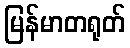
မြန်မာတရုတ်